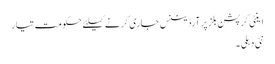
اینٹی کرپشن بلز پر آرڈیننس جاری کرنے کیلئے حکومت تیار
نئی دہلی ۔